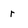
Character: r